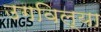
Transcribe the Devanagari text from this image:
उगविल्या